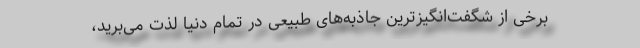
برخی از شگفت‌انگیزترین جاذبه‌های طبیعی در تمام دنیا لذت می‌برید،